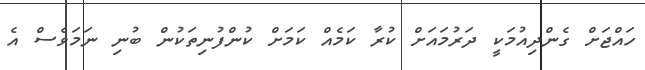
ހައްޖަށް ގެންދިއުމަކީ ދަރުމައަށް ކުރާ ކަމެއް ކަމަށް ކުންފުނިތަކުން ބުނި ނަމަވެސް އެ